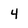
Character: 4